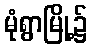
မုံရွာမြို့၌